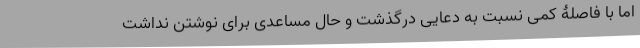
اما با فاصلۀ کمی نسبت به دعایی درگذشت و حالِ مساعدی برای نوشتن نداشت